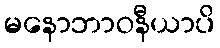
မနောဘာဝနီယာပိ